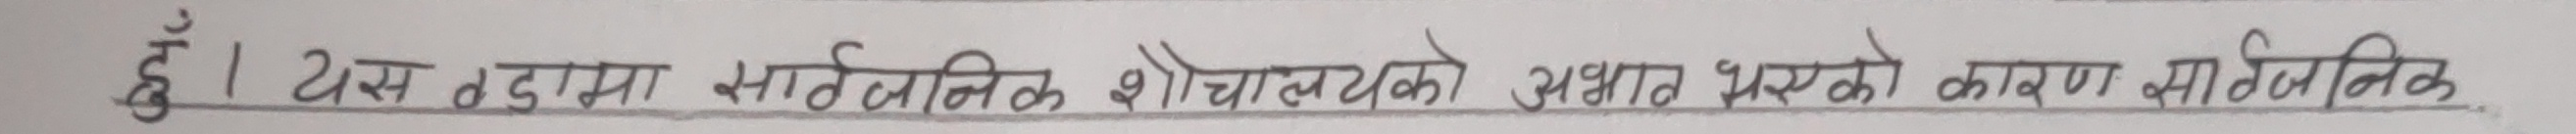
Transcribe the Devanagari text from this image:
हाँ । यस टुङ्गा सार्वजनिक शौचालयको अभाव भएको कारण सार्वजनिक